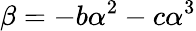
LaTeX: \beta=-b\alpha^{2}-c\alpha^{3}